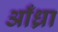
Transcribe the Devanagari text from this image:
आँध्रा